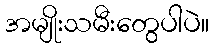
အမျိုးသမီးတွေပါပဲ။